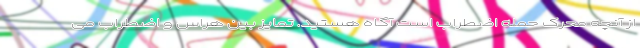
از آنچه محرک حمله اضطراب است آگاه هستید. تمایز بین هراس و اضطراب می